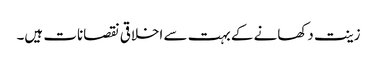
زینت دکھانے کے بہت سے اخلاقی نقصانات ہیں۔